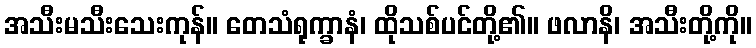
အသီးမသီးသေးကုန်။ တေသံရုက္ခာနံ၊ ထိုသစ်ပင်တို့၏။ ဖလာနိ၊ အသီးတို့ကို။